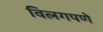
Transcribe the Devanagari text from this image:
विलगपणे